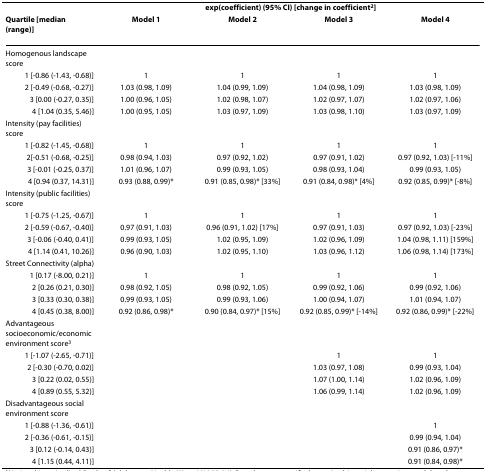
<table><thead><tr><td></td><td colspan="4"><b>exp(coefficient) (95% CI) [change in coefficient<sup>2</sup>]</b></td></tr><tr><td><b>Quartile [median (range)]</b></td><td><b>Model 1</b></td><td><b>Model 2</b></td><td><b>Model 3</b></td><td><b>Model 4</b></td></tr></thead><tbody><tr><td>Homogenous landscape score</td><td></td><td></td><td></td><td></td></tr><tr><td>1 [-0.86 (-1.43, -0.68)]</td><td>1</td><td>1</td><td>1</td><td>1</td></tr><tr><td>2 [-0.49 (-0.68, -0.27)]</td><td>1.03 (0.98, 1.09)</td><td>1.04 (0.99, 1.09)</td><td>1.04 (0.98, 1.09)</td><td>1.03 (0.98, 1.09)</td></tr><tr><td>3 [0.00 (-0.27, 0.35)]</td><td>1.00 (0.96, 1.05)</td><td>1.02 (0.98, 1.07)</td><td>1.02 (0.97, 1.07)</td><td>1.02 (0.97, 1.06)</td></tr><tr><td>4 [1.04 (0.35, 5.46)]</td><td>1.00 (0.95, 1.05)</td><td>1.03 (0.97, 1.09)</td><td>1.03 (0.98, 1.10)</td><td>1.03 (0.97, 1.09)</td></tr><tr><td>Intensity (pay facilities) score</td><td></td><td></td><td></td><td></td></tr><tr><td>1 [-0.82 (-1.45, -0.68)]</td><td>1</td><td>1</td><td>1</td><td>1</td></tr><tr><td>2[-0.51 (-0.68, -0.25)]</td><td>0.98 (0.94, 1.03)</td><td>0.97 (0.92, 1.02)</td><td>0.97 (0.91, 1.02)</td><td>0.97 (0.92, 1.03) [-11%]</td></tr><tr><td>3 [-0.01 (-0.25, 0.37)]</td><td>1.01 (0.96, 1.07)</td><td>0.99 (0.93, 1.05)</td><td>0.98 (0.93, 1.04)</td><td>0.99 (0.93, 1.05)</td></tr><tr><td>4 [0.94 (0.37, 14.31)]</td><td>0.93 (0.88, 0.99)*</td><td>0.91 (0.85, 0.98)* [33%]</td><td>0.91 (0.84, 0.98)* [4%]</td><td>0.92 (0.85, 0.99)* [-8%]</td></tr><tr><td>Intensity (public facilities) score</td><td></td><td></td><td></td><td></td></tr><tr><td>1 [-0.75 (-1.25, -0.67)]</td><td>1</td><td>1</td><td>1</td><td>1</td></tr><tr><td>2 [-0.59 (-0.67, -0.40)]</td><td>0.97 (0.91, 1.03)</td><td>0.96 (0.91, 1.02) [17%]</td><td>0.97 (0.91, 1.03)</td><td>0.97 (0.92, 1.03) [-23%]</td></tr><tr><td>3 [-0.06 (-0.40, 0.41)]</td><td>0.99 (0.93, 1.05)</td><td>1.02 (0.95, 1.09)</td><td>1.02 (0.96, 1.09)</td><td>1.04 (0.98, 1.11) [159%]</td></tr><tr><td>4 [1.14 (0.41, 10.26)]</td><td>0.96 (0.90, 1.03)</td><td>1.02 (0.95, 1.10)</td><td>1.03 (0.96, 1.12)</td><td>1.06 (0.98, 1.14) [173%]</td></tr><tr><td>Street Connectivity (alpha)</td><td></td><td></td><td></td><td></td></tr><tr><td>1 [0.17 (-8.00, 0.21)]</td><td>1</td><td>1</td><td>1</td><td>1</td></tr><tr><td>2 [0.26 (0.21, 0.30)]</td><td>0.98 (0.92, 1.05)</td><td>0.98 (0.92, 1.05)</td><td>0.99 (0.92, 1.06)</td><td>0.99 (0.92, 1.06)</td></tr><tr><td>3 [0.33 (0.30, 0.38)]</td><td>0.99 (0.93, 1.05)</td><td>0.99 (0.93, 1.06)</td><td>1.00 (0.94, 1.07)</td><td>1.01 (0.94, 1.07)</td></tr><tr><td>4 [0.45 (0.38, 8.00)]</td><td>0.92 (0.86, 0.98)*</td><td>0.90 (0.84, 0.97)* [15%]</td><td>0.92 (0.85, 0.99)* [-14%]</td><td>0.92 (0.86, 0.99)* [-22%]</td></tr><tr><td>Advantageous socioeconomic/economic environment score<sup>3</sup></td><td></td><td></td><td></td><td></td></tr><tr><td>1 [-1.07 (-2.65, -0.71)]</td><td></td><td></td><td>1</td><td>1</td></tr><tr><td>2 [-0.30 (-0.70, 0.02)]</td><td></td><td></td><td>1.03 (0.97, 1.08)</td><td>0.99 (0.93, 1.04)</td></tr><tr><td>3 [0.22 (0.02, 0.55)]</td><td></td><td></td><td>1.07 (1.00, 1.14)</td><td>1.02 (0.96, 1.09)</td></tr><tr><td>4 [0.89 (0.55, 5.32)]</td><td></td><td></td><td>1.06 (0.99, 1.14)</td><td>1.02 (0.96, 1.09)</td></tr><tr><td>Disadvantageous social environment score</td><td></td><td></td><td></td><td></td></tr><tr><td>1 [-0.88 (-1.36, -0.61)]</td><td></td><td></td><td></td><td>1</td></tr><tr><td>2 [-0.36 (-0.61, -0.15)]</td><td></td><td></td><td></td><td>0.99 (0.94, 1.04)</td></tr><tr><td>3 [0.12 (-0.14, 0.43)]</td><td></td><td></td><td></td><td>0.91 (0.86, 0.97)*</td></tr><tr><td>4 [1.15 (0.44, 4.11)]</td><td></td><td></td><td></td><td>0.91 (0.84, 0.98)*</td></tr></tbody></table>